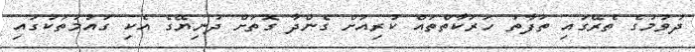
ދުވުމުގެ ތެރޭގައި ތަފާތު ހަރަކާތްތައް ކުރިއަށް ގެންދާ ގޮތަށް ދުނިޔޭގެ އެކި ގައުމުތަކުގައި